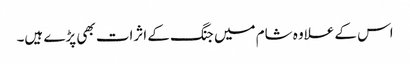
اس کے علاوہ شام میں جنگ کے اثرات بھی پڑے ہیں۔